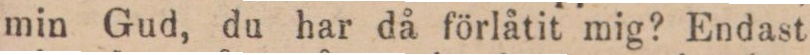
min Gud, du har då förlåtit mig? Endast